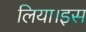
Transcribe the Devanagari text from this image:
लिया।इस